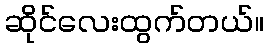
ဆိုင်လေးထွက်တယ်။